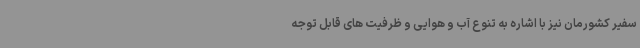
سفیر کشورمان نیز با اشاره به تنوع آب و هوایی و ظرفیت های قابل توجه